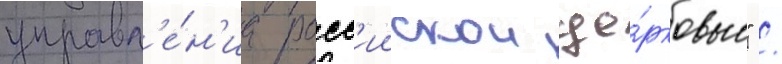
управл'е́н'иа росс'иискои це́рковью" /